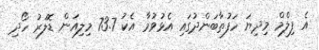
އެ ފިލްމް މިދިޔަ ހަފުތާބަންދުގައި އެޅުވުމާ އެކު 73.7 މިލިއަން ޑޮލަރު ހޯދި